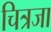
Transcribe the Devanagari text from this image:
चित्रजा